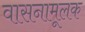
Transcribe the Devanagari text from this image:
वासनामूलक